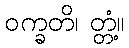
ဝက္ခတိ၊ တ္တံ့။